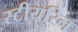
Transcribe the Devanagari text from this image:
स्टीयरिन